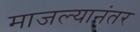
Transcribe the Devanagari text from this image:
माजल्यानंतर